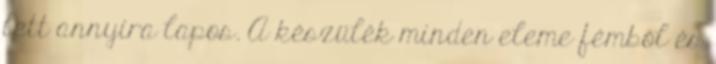
lett annyira lapos. A készülék minden eleme fémből és